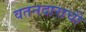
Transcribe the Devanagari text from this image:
वतनदाराची